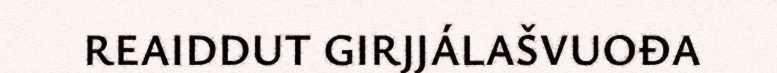
REAIDDUT GIRJJÁLAŠVUOĐA